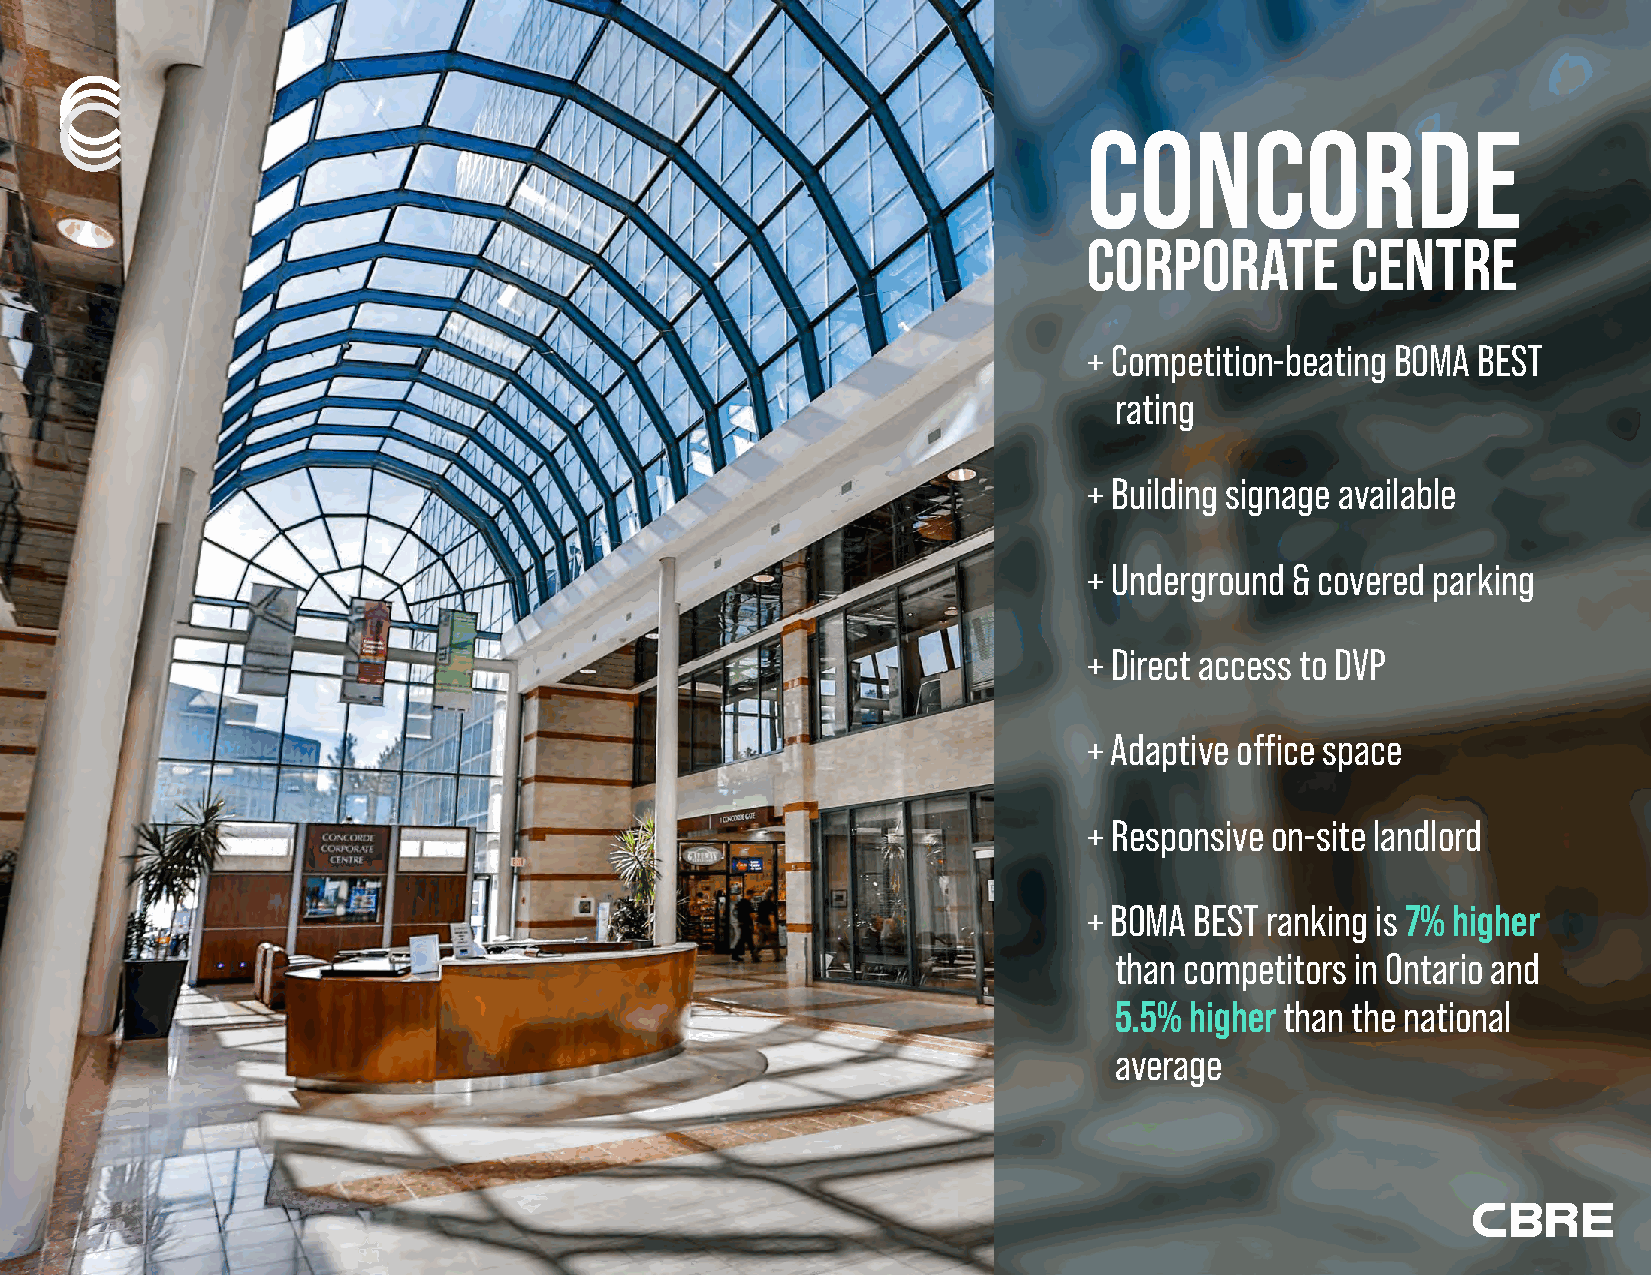
CONCORDE CORPORATE CENTRE
 CONCORDE
 CORPORATE        CENTRE
 + Competition-beating BOMA BEST
 rating
 + Building signage available
 + Underground & covered parking
 + Direct access to DVP
 + Adaptive office space
 + Responsive on-site landlord
 + BOMA BEST ranking is 7% higher
 than competitors in Ontario and
 5.5% higher than the national
 average